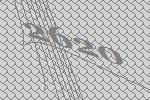
2620